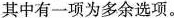
其中有一项为多余选项。